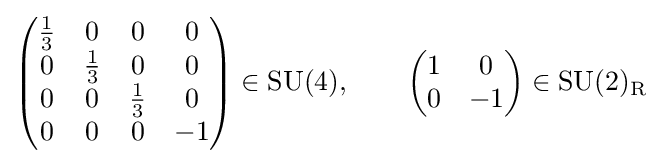
{\begin{pmatrix}{\frac {1}{3}}&0&0&0\\0&{\frac {1}{3}}&0&0\\0&0&{\frac {1}{3}}&0\\0&0&0&-1\end{pmatrix}}\in {\text{SU}}(4),\qquad {\begin{pmatrix}1&0\\0&-1\end{pmatrix}}\in {\text{SU}}(2)_{\text{R}}